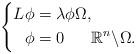
LaTeX: \begin{align*}\left\{\begin{aligned}L\phi & = \lambda\phi \Omega, \\\phi & = 0 \quad\,\,\,\, \mathbb{R}^{n}\backslash\Omega.\end{aligned}\right.\end{align*}